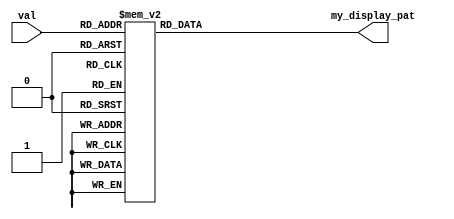
//note that I defined:
//val 10 map to ABF(upward arrow),
//val 11 map tp CDE(downword arrow) 

module val_to_display(input [3:0]val , output[6:0] my_display_pat);

reg [6:0]DISPLAY;
assign my_display_pat = DISPLAY; 
always @(*) begin      //1 is close 0 is light
case (val)           //GFEDCBA
    4'd0: DISPLAY = 7'b1000000;
    4'd1: DISPLAY = 7'b1111001;
    4'd2: DISPLAY = 7'b0100100;
    4'd3: DISPLAY = 7'b0110000;
    4'd4: DISPLAY = 7'b0011001;
    4'd5: DISPLAY = 7'b0010010;
    4'd6: DISPLAY = 7'b0000010;
    4'd7: DISPLAY = 7'b1111000;
    4'd8: DISPLAY = 7'b0000000;
    4'd9: DISPLAY = 7'b0010000;
    4'd10:DISPLAY = 7'b1011100;//A B F
    4'd11:DISPLAY = 7'b1100011;//C D E
    default: DISPLAY = 7'b1111111;
endcase
end

endmodule